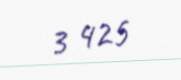
3 425